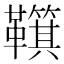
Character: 𩍮